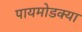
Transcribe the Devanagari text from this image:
पायमोडक्या